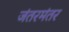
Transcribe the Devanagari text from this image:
जंतरमंतर